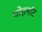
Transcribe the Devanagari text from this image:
थोइनॉट